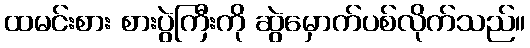
ထမင်းစား စားပွဲကြီးကို ဆွဲမှောက်ပစ်လိုက်သည်။